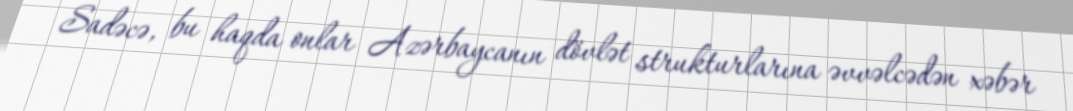
Sadəcə, bu haqda onlar Azərbaycanın dövlət strukturlarına əvvəlcədən xəbər